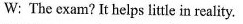
W: The exam? It helps little in reality.